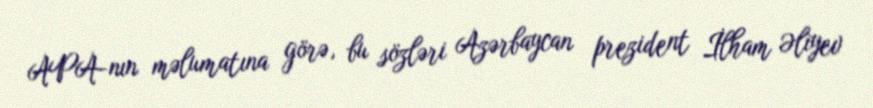
APA-nın məlumatına görə, bu sözləri Azərbaycan prezident İlham Əliyev